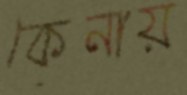
কেনায়